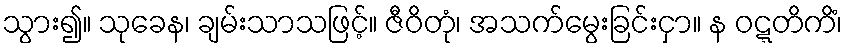
သွား၍။ သုခေန၊ ချမ်းသာသဖြင့်။ ဇီဝိတုံ၊ အသက်မွေးခြင်းငှာ။ န ဝဋ္ဋတိကိံ၊